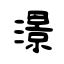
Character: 澋